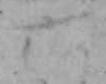
六